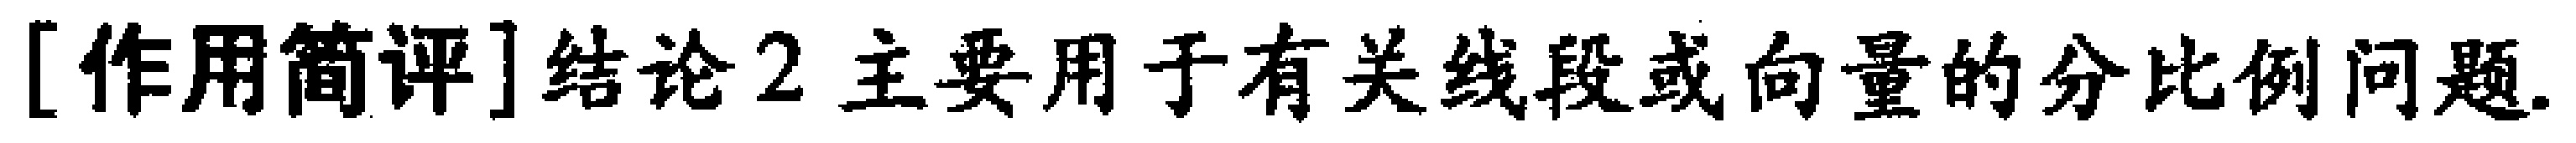
[作用简评]结论2主要用于有关线段或向量的分比例问题.